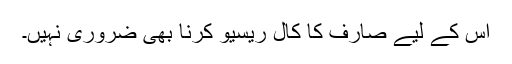
اس کے لیے صارف کا کال ریسیو کرنا بھی ضروری نہیں۔